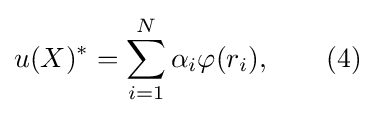
u(X)^{*}=\sum _{i=1}^{N}\alpha _{i}\varphi (r_{i}),\qquad (4)